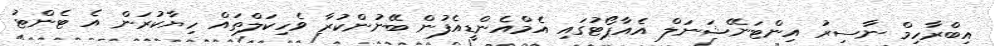
އިބްރާހިމް ނާސިރު އިންޓަނޭޝަނަލް އެއާޕޯޓުގައި އެމްއެންޑީއެފުން ބޭނުންކުރާ ވެހިކަލްތައް ހިޔާކުރަން އެ ޓެންޓު